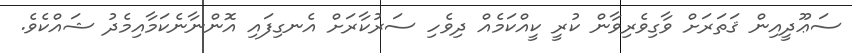
ސަޢޫދީއިން ޤަތަރަށް ވާގިވެރިވާން ކުރީ ކީއްކަމެއް ދިވެހި ސަރުކާރަށް އެނގިފައި އޮންނާނެކަމާއިމެދު ޝައްކެވެ.